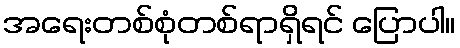
အရေးတစ်စုံတစ်ရာရှိရင် ပြောပါ။